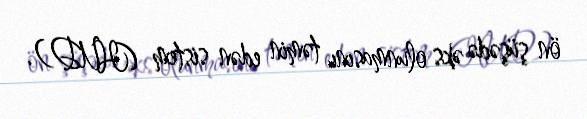
ön şüşədə əks olunmasını təmin edən sistem (HUD).